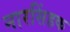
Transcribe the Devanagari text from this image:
नारसिंहक